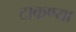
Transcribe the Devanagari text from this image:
टाकण्या